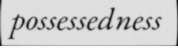
possessedness